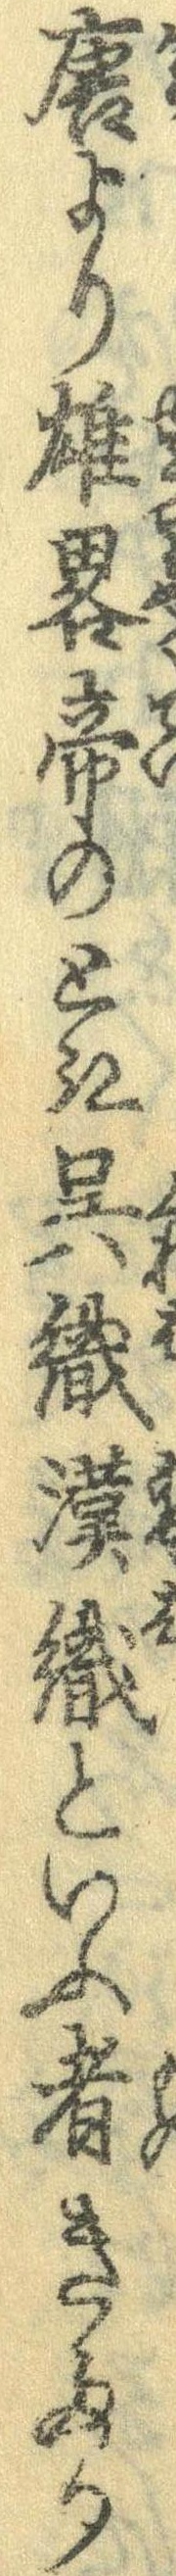
唐より雄略帝のとき呉織漢織といふ者きたり